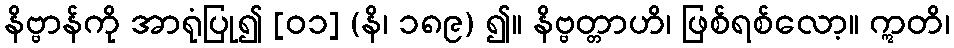
နိဗ္ဗာန်ကို အာရုံပြု၍ [၀၁] (နိ၊ ၁၈၉) ၍။ နိဗ္ဗတ္တာဟိ၊ ဖြစ်ရစ်လော့။ ဣတိ၊